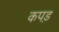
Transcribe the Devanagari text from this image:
कपड़